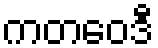
ကတဝေဒီ